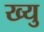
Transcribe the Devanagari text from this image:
ख्यु